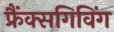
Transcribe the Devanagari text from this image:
फ्रैंक्सगिविंग